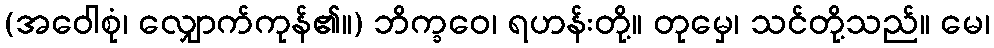
(အဝေါစုံ၊ လျှောက်ကုန်၏။) ဘိက္ခဝေ၊ ရဟန်းတို့။ တုမှေ၊ သင်တို့သည်။ မေ၊